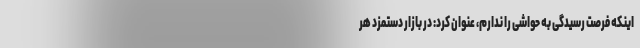
اینکه فرصت رسیدگی به حواشی را ندارم، عنوان کرد: در بازار دستمزد هر